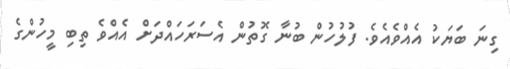
ގިނަ ބަޔަކު އެއްވެއެވެ. ފުލުހުން ބުނާ ގޮތުން އެސަރަހައްދަށް އެއްވެ ތިބި މީހުންގެ